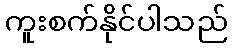
ကူးစက်နိုင်ပါသည်